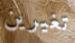
تغيرين